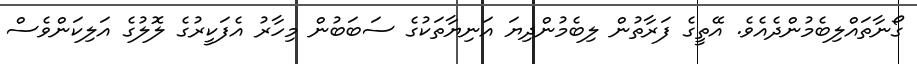
ގޯނާތައްލިބެމުންދެއެވެ. އޭތީގެ ފަރާތުން ލިބެމުންދިޔަ އަނިޔާތަކުގެ ސަބަބުން މިހާރު އެފަކީރުގެ ލޮލުގެ އަލިކަންވެސް